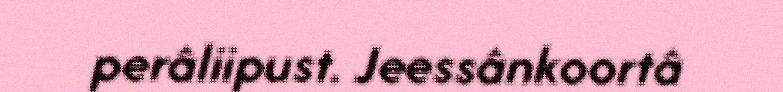
perâliipust. Jeessânkoortâ